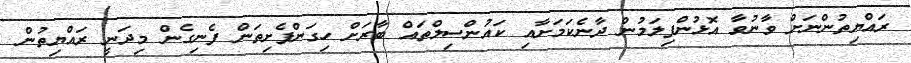
ރައްޔިތުންނަށް ވާނުވާ އޮޅުންފިލަމުން ދާނެކަމަށާއި ކައުންސިލްތައް ބާރަށް ހިގަންފެށިތަން ފެނިގެން މިދަނީ ރައްޔިތުން